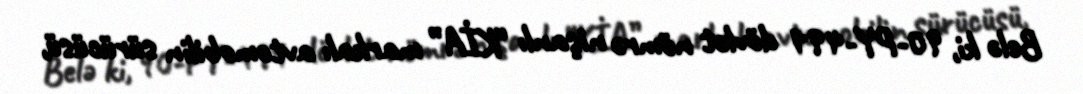
Belə ki, 90-PY-491 dövlət nömrə nişanlı “KİA” markalı avtomobilin sürücüsü,